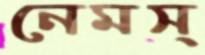
নেমস্